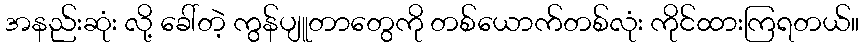
အနည်းဆုံး လို့ ခေါ်တဲ့ ကွန်ပျူတာတွေကို တစ်ယောက်တစ်လုံး ကိုင်ထားကြရတယ်။